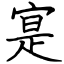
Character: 寔